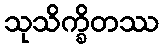
သုသိက္ခိတဿ